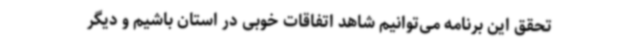
تحقق این برنامه می‌توانیم شاهد اتفاقات خوبی در استان باشیم و دیگر